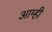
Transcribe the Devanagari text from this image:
आम्‍ही